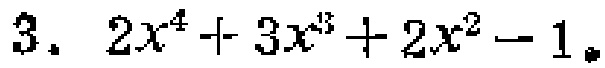
$3.\ 2x^{4}+3x^{3}+2x^{2}-1$